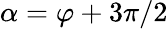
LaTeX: \alpha=\varphi+3\pi/2